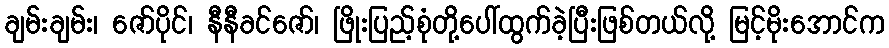
ချမ်းချမ်း၊ ဇော်ပိုင်၊ နီနီခင်ဇော်၊ ဖြိုးပြည့်စုံတို့ပေါ်ထွက်ခဲ့ပြီးဖြစ်တယ်လို့ မြင့်မိုးအောင်က